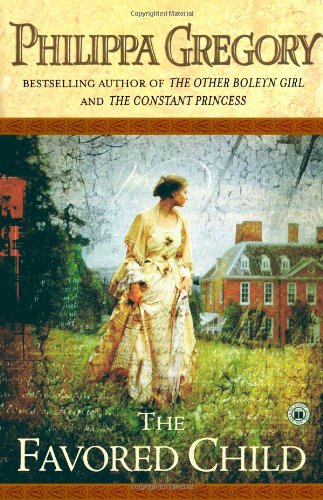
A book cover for The Favored Child: A Novel (Wildacre Trilogy); Philippa Gregory; Romance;